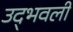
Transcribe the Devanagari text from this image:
उद्‍भवली